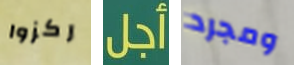
ركزوا أجل ومجرد